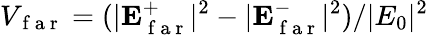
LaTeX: V_{\mathrm{~f~a~r~}}=(|\mathbf{E}_{\mathrm{~f~a~r~}}^{+}|^{2}-|\mathbf{E}_{\mathrm{~f~a~r~}}^{-}|^{2})/|E_{0}|^{2}